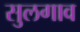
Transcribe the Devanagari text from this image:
सुलगाव